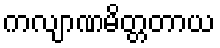
ကလျာဏမိတ္တတာယ